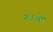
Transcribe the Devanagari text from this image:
२६६वॉ